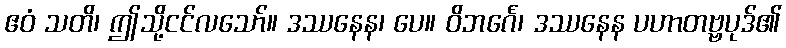
ဧဝံ သတိ၊ ဤသို့ငင်လသော်။ ဒဿနေန၊ ပေ။ ဝိဘင်္ဂေ၊ ဒဿနေန ပဟာတဗ္ဗပုဒ်၏